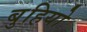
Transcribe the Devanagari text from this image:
बुहियो